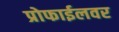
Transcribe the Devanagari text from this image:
प्रोफाईलवर